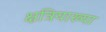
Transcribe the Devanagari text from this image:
क्षत्रियाख्या